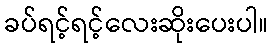
ခပ်ရင့်ရင့်လေးဆိုးပေးပါ။